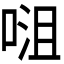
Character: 𭈡